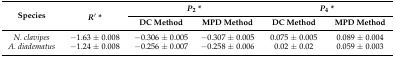
<table><thead><tr><td rowspan="2"><b>Species</b></td><td rowspan="2"><b><i>R</i>′ *</b></td><td colspan="2"><b><i>P</i><sub>2</sub> *</b></td><td colspan="2"><b><i>P</i><sub>4</sub> *</b></td></tr><tr><td><b>DC Method</b></td><td><b>MPD Method</b></td><td><b>DC Method</b></td><td><b>MPD Method</b></td></tr></thead><tbody><tr><td><i>N. clavipes</i></td><td>−1.63 ± 0.008</td><td>−0.306 ± 0.005</td><td>−0.307 ± 0.005</td><td>0.075 ± 0.005</td><td>0.089 ± 0.004</td></tr><tr><td><i>A. diadematus</i></td><td>−1.24 ± 0.008</td><td>−0.256 ± 0.007</td><td>−0.258 ± 0.006</td><td>0.02 ± 0.02</td><td>0.059 ± 0.003</td></tr></tbody></table>